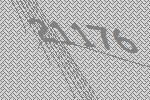
21176